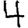
Digit: 4